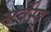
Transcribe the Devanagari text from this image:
सर्वेस्यु